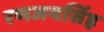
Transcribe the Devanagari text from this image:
रणजयसिंह